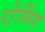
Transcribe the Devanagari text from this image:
रो़मिंग